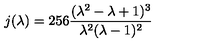
j ( \lambda ) = 2 5 6 \frac { ( \lambda ^ { 2 } - \lambda + 1 ) ^ { 3 } } { \lambda ^ { 2 } ( \lambda - 1 ) ^ { 2 } }